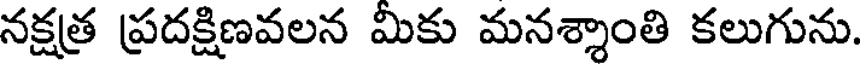
నక్షత్ర ప్రదక్షిణవలన మికు మనశ్శాంతి కలుగును.